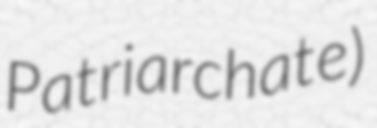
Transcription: Patriarchate)